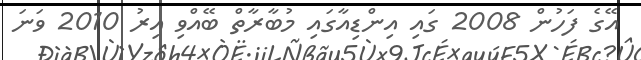
އޭގެ ފަހުން 2008 ގައި އިންޑިއާގައި މުބާރާތް ބޭއްވި އިރު 2010 ވަނަ